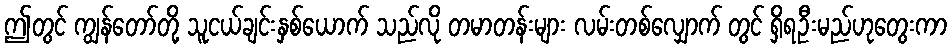
ဤတွင် ကျွန်တော်တို့ သူငယ်ချင်းနှစ်ယောက် သည်လို တမာတန်းများ လမ်းတစ်လျှောက် တွင် ရှိရဦးမည်ဟုတွေးကာ